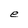
Character: e